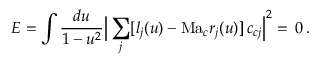
E = \int \frac { d { u } } { 1 - u ^ { 2 } } \Big | \sum _ { j } [ l _ { j } ( u ) - \mathrm { M a } _ { c } r _ { j } ( u ) ] \, c _ { c j } \Big | ^ { 2 } = \, 0 \, .